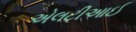
એલટીઆઈ